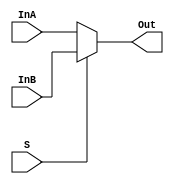
module mux2_1 (InA, InB, S, Out);

input InA, InB, S;
output Out;

assign Out = S ? InB : InA;

endmodule